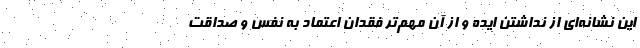
این نشانه‌ای از نداشتن ایده و از آن مهم‌تر فقدان اعتماد به نفس و صداقت